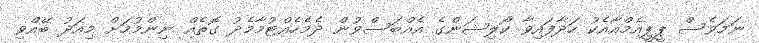
ނަމަވެސް ޕީޕީއެމްއާއެކު ހަދާފައިވާ ކޯލިޝަންގެ އެއްބަސްވުން ދެމެހެއްޓުމާމެދު ގޮތެއް ނިންމުމަށް މިއަދު ބޭއްވި